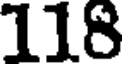
118